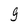
Character: 9